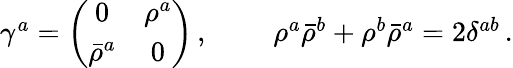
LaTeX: \begin{array}{cc}{{\gamma^{a}=\left(\begin{array}{cc}{{0}}&{{\rho^{a}}}\\ {{\bar{\rho}^{a}}}&{{0}}\end{array}\right)\, ,~~~}}&{{~~\rho^{a}\bar{\rho}^{b}+\rho^{b}\bar{\rho}^{a}=2\delta^{ab}\, .}}\end{array}